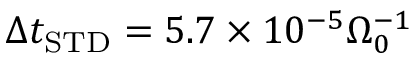
\Delta t _ { \mathrm { S T D } } = 5 . 7 \times 1 0 ^ { - 5 } \Omega _ { 0 } ^ { - 1 }